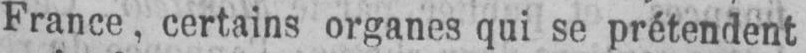
France, certains organes qui se prétendent